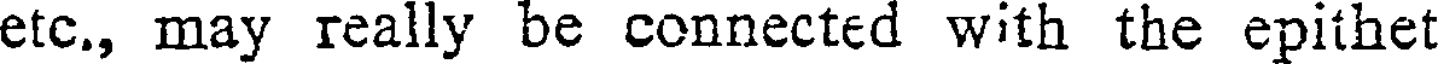
etc., may really be connected with the epithet